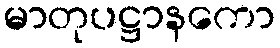
မာတုပဋ္ဌာနကော